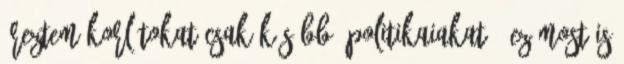
éreztem korlátokat csak később, politikaiakat . Ez most is